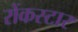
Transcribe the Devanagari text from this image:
रोंकस्टार